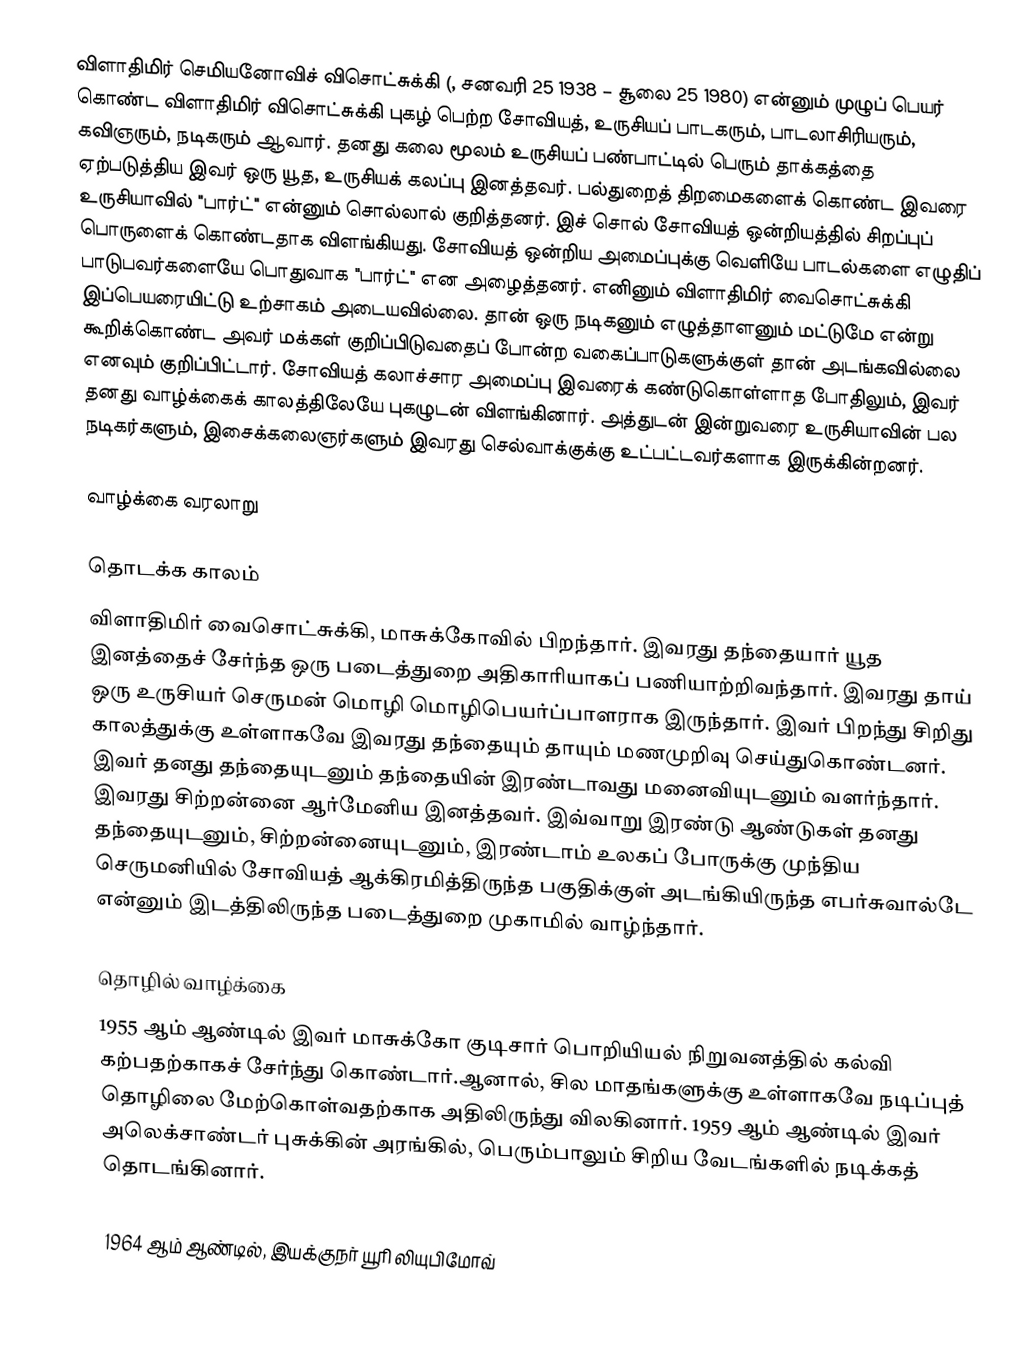
விளாதிமிர் செமியனோவிச் விசொட்சுக்கி (, சனவரி 25 1938 – சூலை 25 1980) என்னும் முழுப் பெயர் கொண்ட விளாதிமிர் விசொட்சுக்கி புகழ் பெற்ற சோவியத், உருசியப் பாடகரும், பாடலாசிரியரும், கவிஞரும், நடிகரும் ஆவார். தனது கலை மூலம் உருசியப் பண்பாட்டில் பெரும் தாக்கத்தை ஏற்படுத்திய இவர் ஒரு யூத, உருசியக் கலப்பு இனத்தவர். பல்துறைத் திறமைகளைக் கொண்ட இவரை உருசியாவில் "பார்ட்" என்னும் சொல்லால் குறித்தனர். இச் சொல் சோவியத் ஒன்றியத்தில் சிறப்புப் பொருளைக் கொண்டதாக விளங்கியது. சோவியத் ஒன்றிய அமைப்புக்கு வெளியே பாடல்களை எழுதிப் பாடுபவர்களையே பொதுவாக "பார்ட்" என அழைத்தனர். எனினும் விளாதிமிர் வைசொட்சுக்கி இப்பெயரையிட்டு உற்சாகம் அடையவில்லை. தான் ஒரு நடிகனும் எழுத்தாளனும் மட்டுமே என்று கூறிக்கொண்ட அவர் மக்கள் குறிப்பிடுவதைப் போன்ற வகைப்பாடுகளுக்குள் தான் அடங்கவில்லை எனவும் குறிப்பிட்டார். சோவியத் கலாச்சார அமைப்பு இவரைக் கண்டுகொள்ளாத போதிலும், இவர் தனது வாழ்க்கைக் காலத்திலேயே புகழுடன் விளங்கினார். அத்துடன் இன்றுவரை உருசியாவின் பல நடிகர்களும், இசைக்கலைஞர்களும் இவரது செல்வாக்குக்கு உட்பட்டவர்களாக இருக்கின்றனர்.

வாழ்க்கை வரலாறு

தொடக்க காலம்
விளாதிமிர் வைசொட்சுக்கி, மாசுக்கோவில் பிறந்தார். இவரது தந்தையார் யூத இனத்தைச் சேர்ந்த ஒரு படைத்துறை அதிகாரியாகப் பணியாற்றிவந்தார். இவரது தாய் ஒரு உருசியர் செருமன் மொழி மொழிபெயர்ப்பாளராக இருந்தார். இவர் பிறந்து சிறிது காலத்துக்கு உள்ளாகவே இவரது தந்தையும் தாயும் மணமுறிவு செய்துகொண்டனர். இவர் தனது தந்தையுடனும் தந்தையின் இரண்டாவது மனைவியுடனும் வளர்ந்தார். இவரது சிற்றன்னை ஆர்மேனிய இனத்தவர். இவ்வாறு இரண்டு ஆண்டுகள் தனது தந்தையுடனும், சிற்றன்னையுடனும், இரண்டாம் உலகப் போருக்கு முந்திய செருமனியில் சோவியத் ஆக்கிரமித்திருந்த பகுதிக்குள் அடங்கியிருந்த எபர்சுவால்டே என்னும் இடத்திலிருந்த படைத்துறை முகாமில் வாழ்ந்தார்.

தொழில் வாழ்க்கை
1955 ஆம் ஆண்டில் இவர் மாசுக்கோ குடிசார் பொறியியல் நிறுவனத்தில் கல்வி கற்பதற்காகச் சேர்ந்து கொண்டார்.ஆனால், சில மாதங்களுக்கு உள்ளாகவே நடிப்புத் தொழிலை மேற்கொள்வதற்காக அதிலிருந்து விலகினார். 1959 ஆம் ஆண்டில் இவர் அலெக்சாண்டர் புசுக்கின் அரங்கில், பெரும்பாலும் சிறிய வேடங்களில் நடிக்கத் தொடங்கினார்.

1964 ஆம் ஆண்டில், இயக்குநர் யூரி லியுபிமோவ்